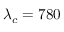
\lambda _ { c } = 7 8 0